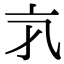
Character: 𠅂